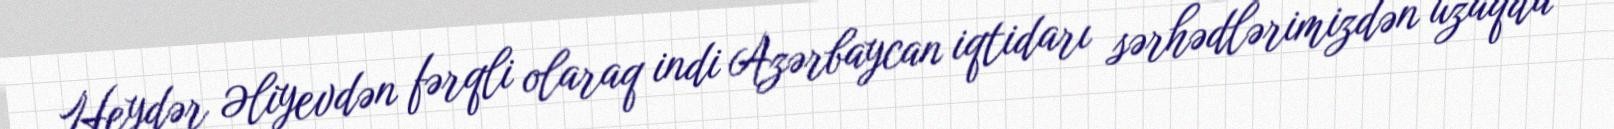
Heydər Əliyevdən fərqli olaraq indi Azərbaycan iqtidarı sərhədlərimizdən uzaqda